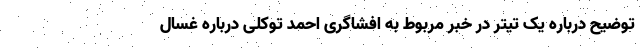
توضیح درباره یک تیتر در خبر مربوط به افشاگری احمد توکلی درباره غسال